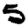
Digit: 5